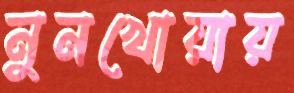
নুনখোয়ায়